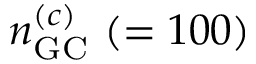
n _ { \mathrm { { G C } } } ^ { ( c ) } ~ ( = 1 0 0 )